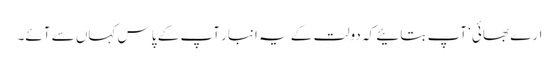
ارے بھائی‘ آپ بتائیے کہ دولت کے یہ انبار آپ کے پاس کہاں سے آئے۔